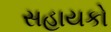
સહાયકો